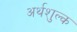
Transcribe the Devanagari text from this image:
अर्थशुल्क